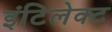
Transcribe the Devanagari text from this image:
इंटिलेक्ट